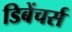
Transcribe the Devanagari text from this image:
डिबेंचर्स